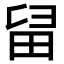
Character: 𤱚